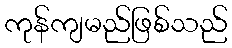
ကုန်ကျမည်ဖြစ်သည်